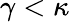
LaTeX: \gamma<\kappa